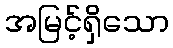
အမြင့်ရှိသော